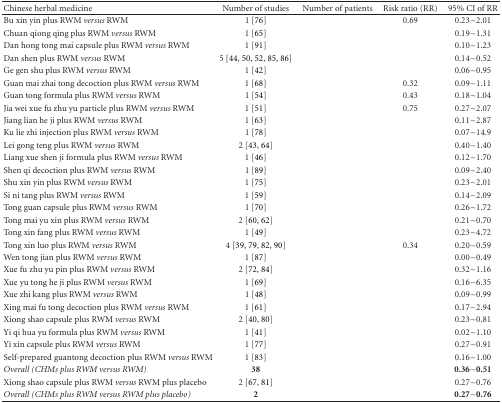
<table><thead><tr><td><b>Chinese herbal medicine</b></td><td><b>Number of studies</b></td><td><b>Number of patients</b></td><td><b>Risk ratio (RR)</b></td><td><b>95% CI of RR</b></td></tr></thead><tbody><tr><td>Bu xin yin plus RWM <i>versus</i> RWM</td><td>1 [76]</td><td>[EMPTY_CELL]</td><td>0.69</td><td>0.23~2.01</td></tr><tr><td>Chuan qiong qing plus RWM <i>versus</i> RWM</td><td>1 [65]</td><td>[EMPTY_CELL]</td><td>[EMPTY_CELL]</td><td>0.19~1.31</td></tr><tr><td>Dan hong tong mai capsule plus RWM <i>versus</i> RWM</td><td>1 [91]</td><td>[EMPTY_CELL]</td><td>[EMPTY_CELL]</td><td>0.10~1.23</td></tr><tr><td>Dan shen plus RWM <i>versus</i> RWM</td><td>5 [44, 50, 52, 85, 86]</td><td>[EMPTY_CELL]</td><td>[EMPTY_CELL]</td><td>0.14~0.52</td></tr><tr><td>Ge gen shu plus RWM <i>versus</i> RWM</td><td>1 [42]</td><td>[EMPTY_CELL]</td><td>[EMPTY_CELL]</td><td>0.06~0.95</td></tr><tr><td>Guan mai zhai tong decoction plus RWM <i>versus</i> RWM</td><td>1 [68]</td><td>[EMPTY_CELL]</td><td>0.32</td><td>0.09~1.11</td></tr><tr><td>Guan tong formula plus RWM <i>versus</i> RWM</td><td>1 [54]</td><td>[EMPTY_CELL]</td><td>0.43</td><td>0.18~1.04</td></tr><tr><td>Jia wei xue fu zhu yu particle plus RWM <i>versus</i> RWM</td><td>1 [51]</td><td>[EMPTY_CELL]</td><td>0.75</td><td>0.27~2.07</td></tr><tr><td>Jiang lian he ji plus RWM <i>versus</i> RWM</td><td>1 [63]</td><td>[EMPTY_CELL]</td><td>[EMPTY_CELL]</td><td>0.11~2.87</td></tr><tr><td>Ku lie zhi injection plus RWM <i>versus</i> RWM</td><td>1 [78]</td><td>[EMPTY_CELL]</td><td>[EMPTY_CELL]</td><td>0.07~14.9</td></tr><tr><td>Lei gong teng plus RWM <i>versus</i> RWM</td><td>2 [43, 64]</td><td>[EMPTY_CELL]</td><td>[EMPTY_CELL]</td><td>0.40~1.40</td></tr><tr><td>Liang xue shen ji formula plus RWM <i>versus</i> RWM</td><td>1 [46]</td><td>[EMPTY_CELL]</td><td>[EMPTY_CELL]</td><td>0.12~1.70</td></tr><tr><td>Shen qi decoction plus RWM <i>versus</i> RWM</td><td>1 [89]</td><td>[EMPTY_CELL]</td><td>[EMPTY_CELL]</td><td>0.09~2.40</td></tr><tr><td>Shu xin yin plus RWM <i>versus</i> RWM</td><td>1 [75]</td><td>[EMPTY_CELL]</td><td>[EMPTY_CELL]</td><td>0.23~2.01</td></tr><tr><td>Si ni tang plus RWM <i>versus</i> RWM</td><td>1 [59]</td><td>[EMPTY_CELL]</td><td>[EMPTY_CELL]</td><td>0.14~2.09</td></tr><tr><td>Tong guan capsule plus RWM <i>versus</i> RWM</td><td>1 [70]</td><td>[EMPTY_CELL]</td><td>[EMPTY_CELL]</td><td>0.26~1.72</td></tr><tr><td>Tong mai yu xin plus RWM <i>versus</i> RWM</td><td>2 [60, 62]</td><td>[EMPTY_CELL]</td><td>[EMPTY_CELL]</td><td>0.21~0.70</td></tr><tr><td>Tong xin fang plus RWM <i>versus</i> RWM</td><td>1 [49]</td><td>[EMPTY_CELL]</td><td>[EMPTY_CELL]</td><td>0.23~4.72</td></tr><tr><td>Tong xin luo plus RWM <i>versus</i> RWM</td><td>4 [39, 79, 82, 90]</td><td>[EMPTY_CELL]</td><td>0.34</td><td>0.20~0.59</td></tr><tr><td>Wen tong jian plus RWM <i>versus</i> RWM</td><td>1 [87]</td><td>[EMPTY_CELL]</td><td>[EMPTY_CELL]</td><td>0.00~0.49</td></tr><tr><td>Xue fu zhu yu pin plus RWM <i>versus</i> RWM</td><td>2 [72, 84]</td><td>[EMPTY_CELL]</td><td>[EMPTY_CELL]</td><td>0.32~1.16</td></tr><tr><td>Xue yu tong he ji plus RWM <i>versus</i> RWM</td><td>1 [69]</td><td>[EMPTY_CELL]</td><td>[EMPTY_CELL]</td><td>0.16~6.35</td></tr><tr><td>Xue zhi kang plus RWM <i>versus</i> RWM</td><td>1 [48]</td><td>[EMPTY_CELL]</td><td>[EMPTY_CELL]</td><td>0.09~0.99</td></tr><tr><td>Xing mai fu tong decoction plus RWM <i>versus</i> RWM</td><td>1 [61]</td><td>[EMPTY_CELL]</td><td>[EMPTY_CELL]</td><td>0.17~2.94</td></tr><tr><td>Xiong shao capsule plus RWM <i>versus</i> RWM</td><td>2 [40, 80]</td><td>[EMPTY_CELL]</td><td>[EMPTY_CELL]</td><td>0.23~0.81</td></tr><tr><td>Yi qi hua yu formula plus RWM <i>versus</i> RWM</td><td>1 [41]</td><td>[EMPTY_CELL]</td><td>[EMPTY_CELL]</td><td>0.02~1.10</td></tr><tr><td>Yi xin capsule plus RWM <i>versus</i> RWM</td><td>1 [77]</td><td>[EMPTY_CELL]</td><td>[EMPTY_CELL]</td><td>0.27~0.91</td></tr><tr><td>Self-prepared guantong decoction plus RWM <i>versus</i> RWM</td><td>1 [83]</td><td>[EMPTY_CELL]</td><td>[EMPTY_CELL]</td><td>0.16~1.00</td></tr><tr><td><i>Overall (CHMs plus RWM versus RWM)</i></td><td><b>38</b></td><td>[EMPTY_CELL]</td><td>[EMPTY_CELL]</td><td><b>0.36~0.51</b></td></tr><tr><td>Xiong shao capsule plus RWM <i>versus</i> RWM plus placebo</td><td>2 [67, 81]</td><td>[EMPTY_CELL]</td><td>[EMPTY_CELL]</td><td>0.27~0.76</td></tr><tr><td><i>Overall (CHMs plus RWM versus RWM plus placebo)</i></td><td><b>2 </b></td><td>[EMPTY_CELL]</td><td>[EMPTY_CELL]</td><td><b>0.27~0.76</b></td></tr></tbody></table>